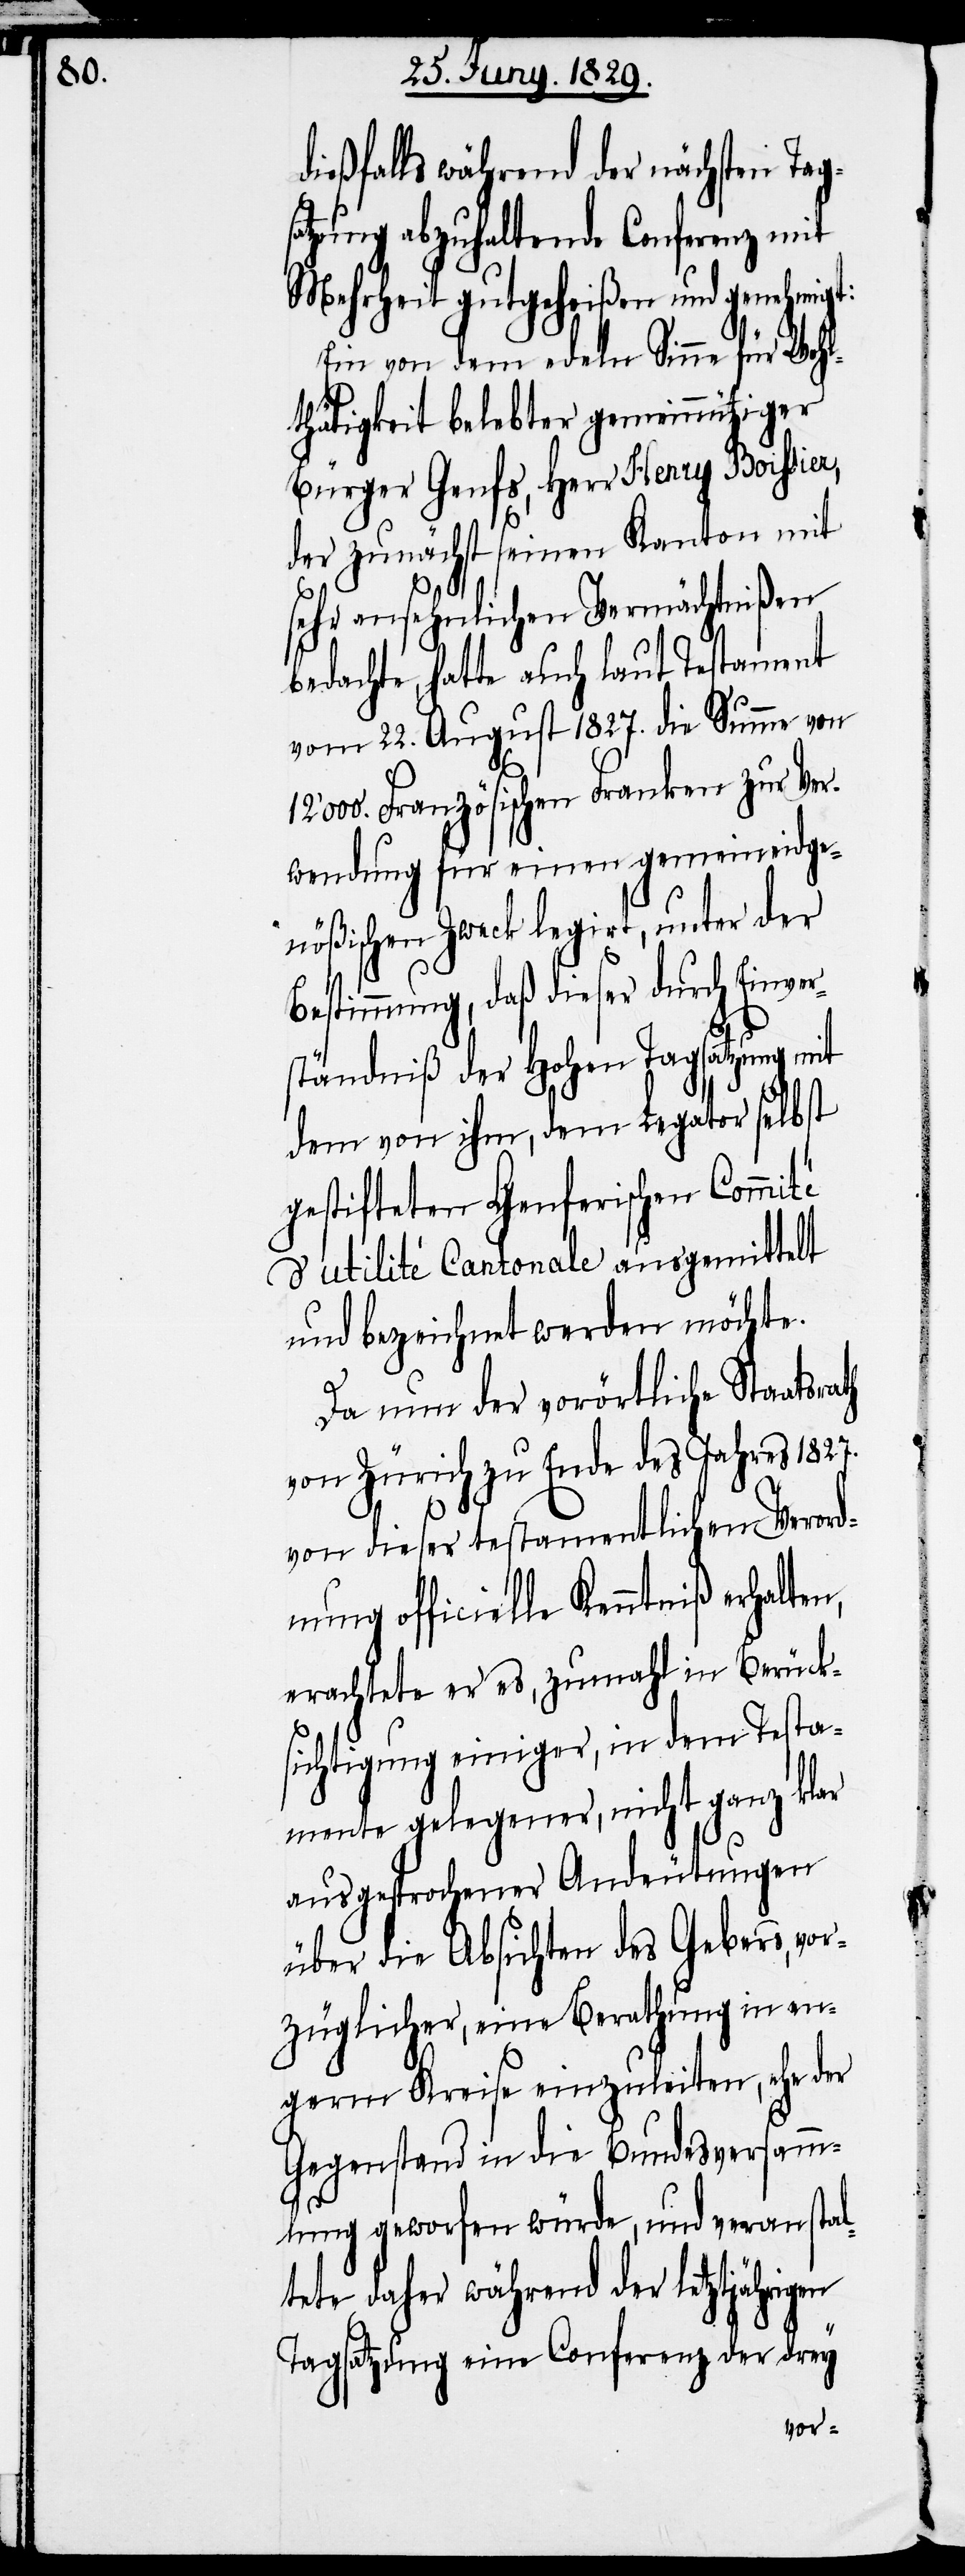
dießfalls während der nächsten Tag¬
satzung abzuhaltende Conferenz mit
Mehrheit gutgeheißen und genehmig¬
Ein von dem edeln Sinne für Wohl¬
thätigkeit belebter gemeinnütziger
Bürger Genfs, Herr Henry Boissier,
der zunächst seinen Kanton mit
th
sehr ansehnlichen Vermächtnißen
bedachte, hatte auch laut Testament
vom 22. August 1827. die Summe von
12‘000. Französischen Franken zur Ver¬
wendung für einen gemeineidge¬
nößischen Zweck legirt, unter der
Bestimmung, daß dieser durch Einver¬
ständniß der Hohen Tagsatzung mit
dem von ihm, dem Legator selbst
gestifteten Genferischen Commité
d’utilité Cantonale ausgemittelt
und bezeichnet werden möchte.
Da nun der vorörtliche Staatsra¬
von Zürich zu Ende des Jahres 1827.
von dieser testamentlichen Verord¬
nung officielle Kenntniß erhalten,
erachtete er es, zumahl in Berück¬
sichtigung einiger, in dem Testa¬
mente gelegener, nicht ganz klar
ausgesprochener Andeutungen
über die Absichten des Gebers, vor¬
züglicher, eine Berathung in en¬
germ Kreise einzuleiten, ehe der
Gegenstand in die Bundesversamm¬
lung geworfen würde, und veranstal¬
tete daher während der letztjährigen
Tagsatzung eine Conferenz der drey